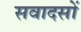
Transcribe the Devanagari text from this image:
सवादसों